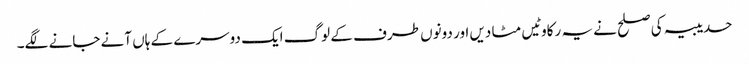
حدیبیہ کی صلح نے یہ رکاوٹیں مٹا دیں اور دونوں طرف کے لوگ ایک دوسرے کے ہاں آنے جانے لگے۔